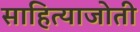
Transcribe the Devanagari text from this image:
साहित्याजोती